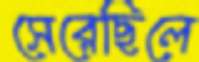
সেরেছিলে